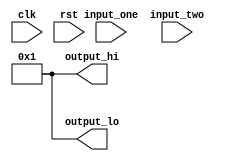
module mult(
    input wire clk,
    input wire rst,
    input wire  [31:0] input_one,
    input wire  [31:0] input_two,
    output wire [31:0] output_hi,
    output wire [31:0] output_lo
);

assign output_hi  = 31'b0000000000000000000000000000001;
assign output_hi  = 31'b0000000000000000000000000000001;

endmodule